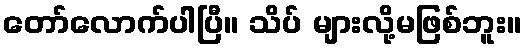
တော်လောက်ပါပြီ။ သိပ် များလို့မဖြစ်ဘူး။